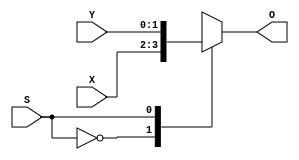
// Creation of two-bit wide 2:1 multiplexer using behavioral modeling
`timescale 1ns / 1ps

module behav_mux
    (X,
     Y,
     S,
     O);

// Each input is two bits, the output is two bits, and the selector is just one bit
input wire [1:0] X;
input wire [1:0] Y; 
input wire [0:0] S;
output reg [1:0] O;

// Using procedural statements 
always @(X or Y or S)
begin
    case(S)
        0: O = X;
        1: O = Y;
        default: $display("Error");
    endcase
end

endmodule